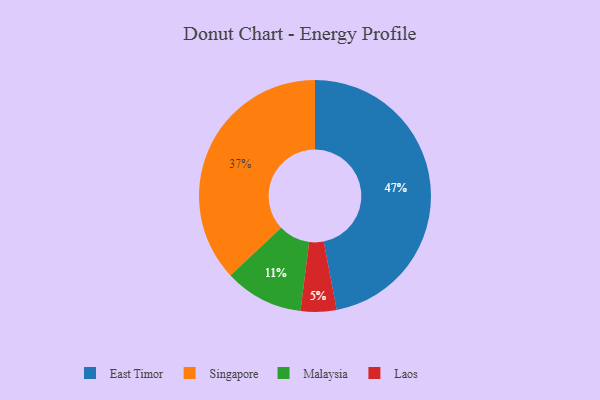
{"axis": {"x": "Category", "y": "Percentage"}, "legend": ["East Timor", "Laos", "Malaysia", "Singapore"], "data": [{"x": "Malaysia", "y": 11, "type": "Malaysia"}, {"x": "East Timor", "y": 47, "type": "East Timor"}, {"x": "Laos", "y": 5, "type": "Laos"}, {"x": "Singapore", "y": 37, "type": "Singapore"}]}